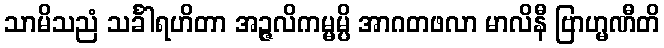
သာမိသညံ သင်္ခါရဟိတာ အဉ္ဇလိကမ္မမ္ပိ အာဂတဖလာ မာလိနီ ဗြာဟ္မဏီတိ